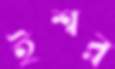
ইশ্বর